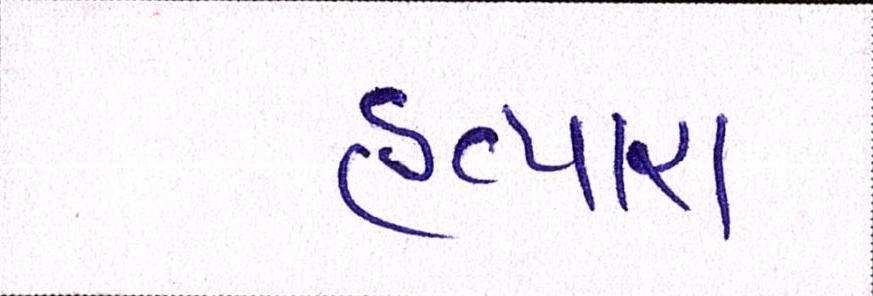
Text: હત્યારા